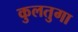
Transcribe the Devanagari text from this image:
कुलतुगा